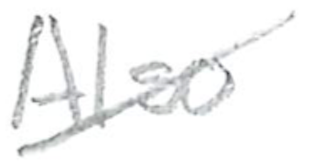
Text: Also
Cross-out: diagonal
Writing tool: pencil